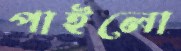
পাইলো